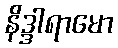
နိဒ္ဒါရာမော